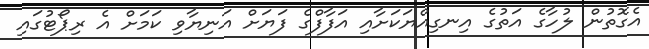
އެގޮތުން ލުހާގެ އަތުގެ އިނގިއްޔަކަށާއި އަފާފްގެ ފަޔަށް އަނިޔާވި ކަމަށް އެ ރިޕޯޓުގައި